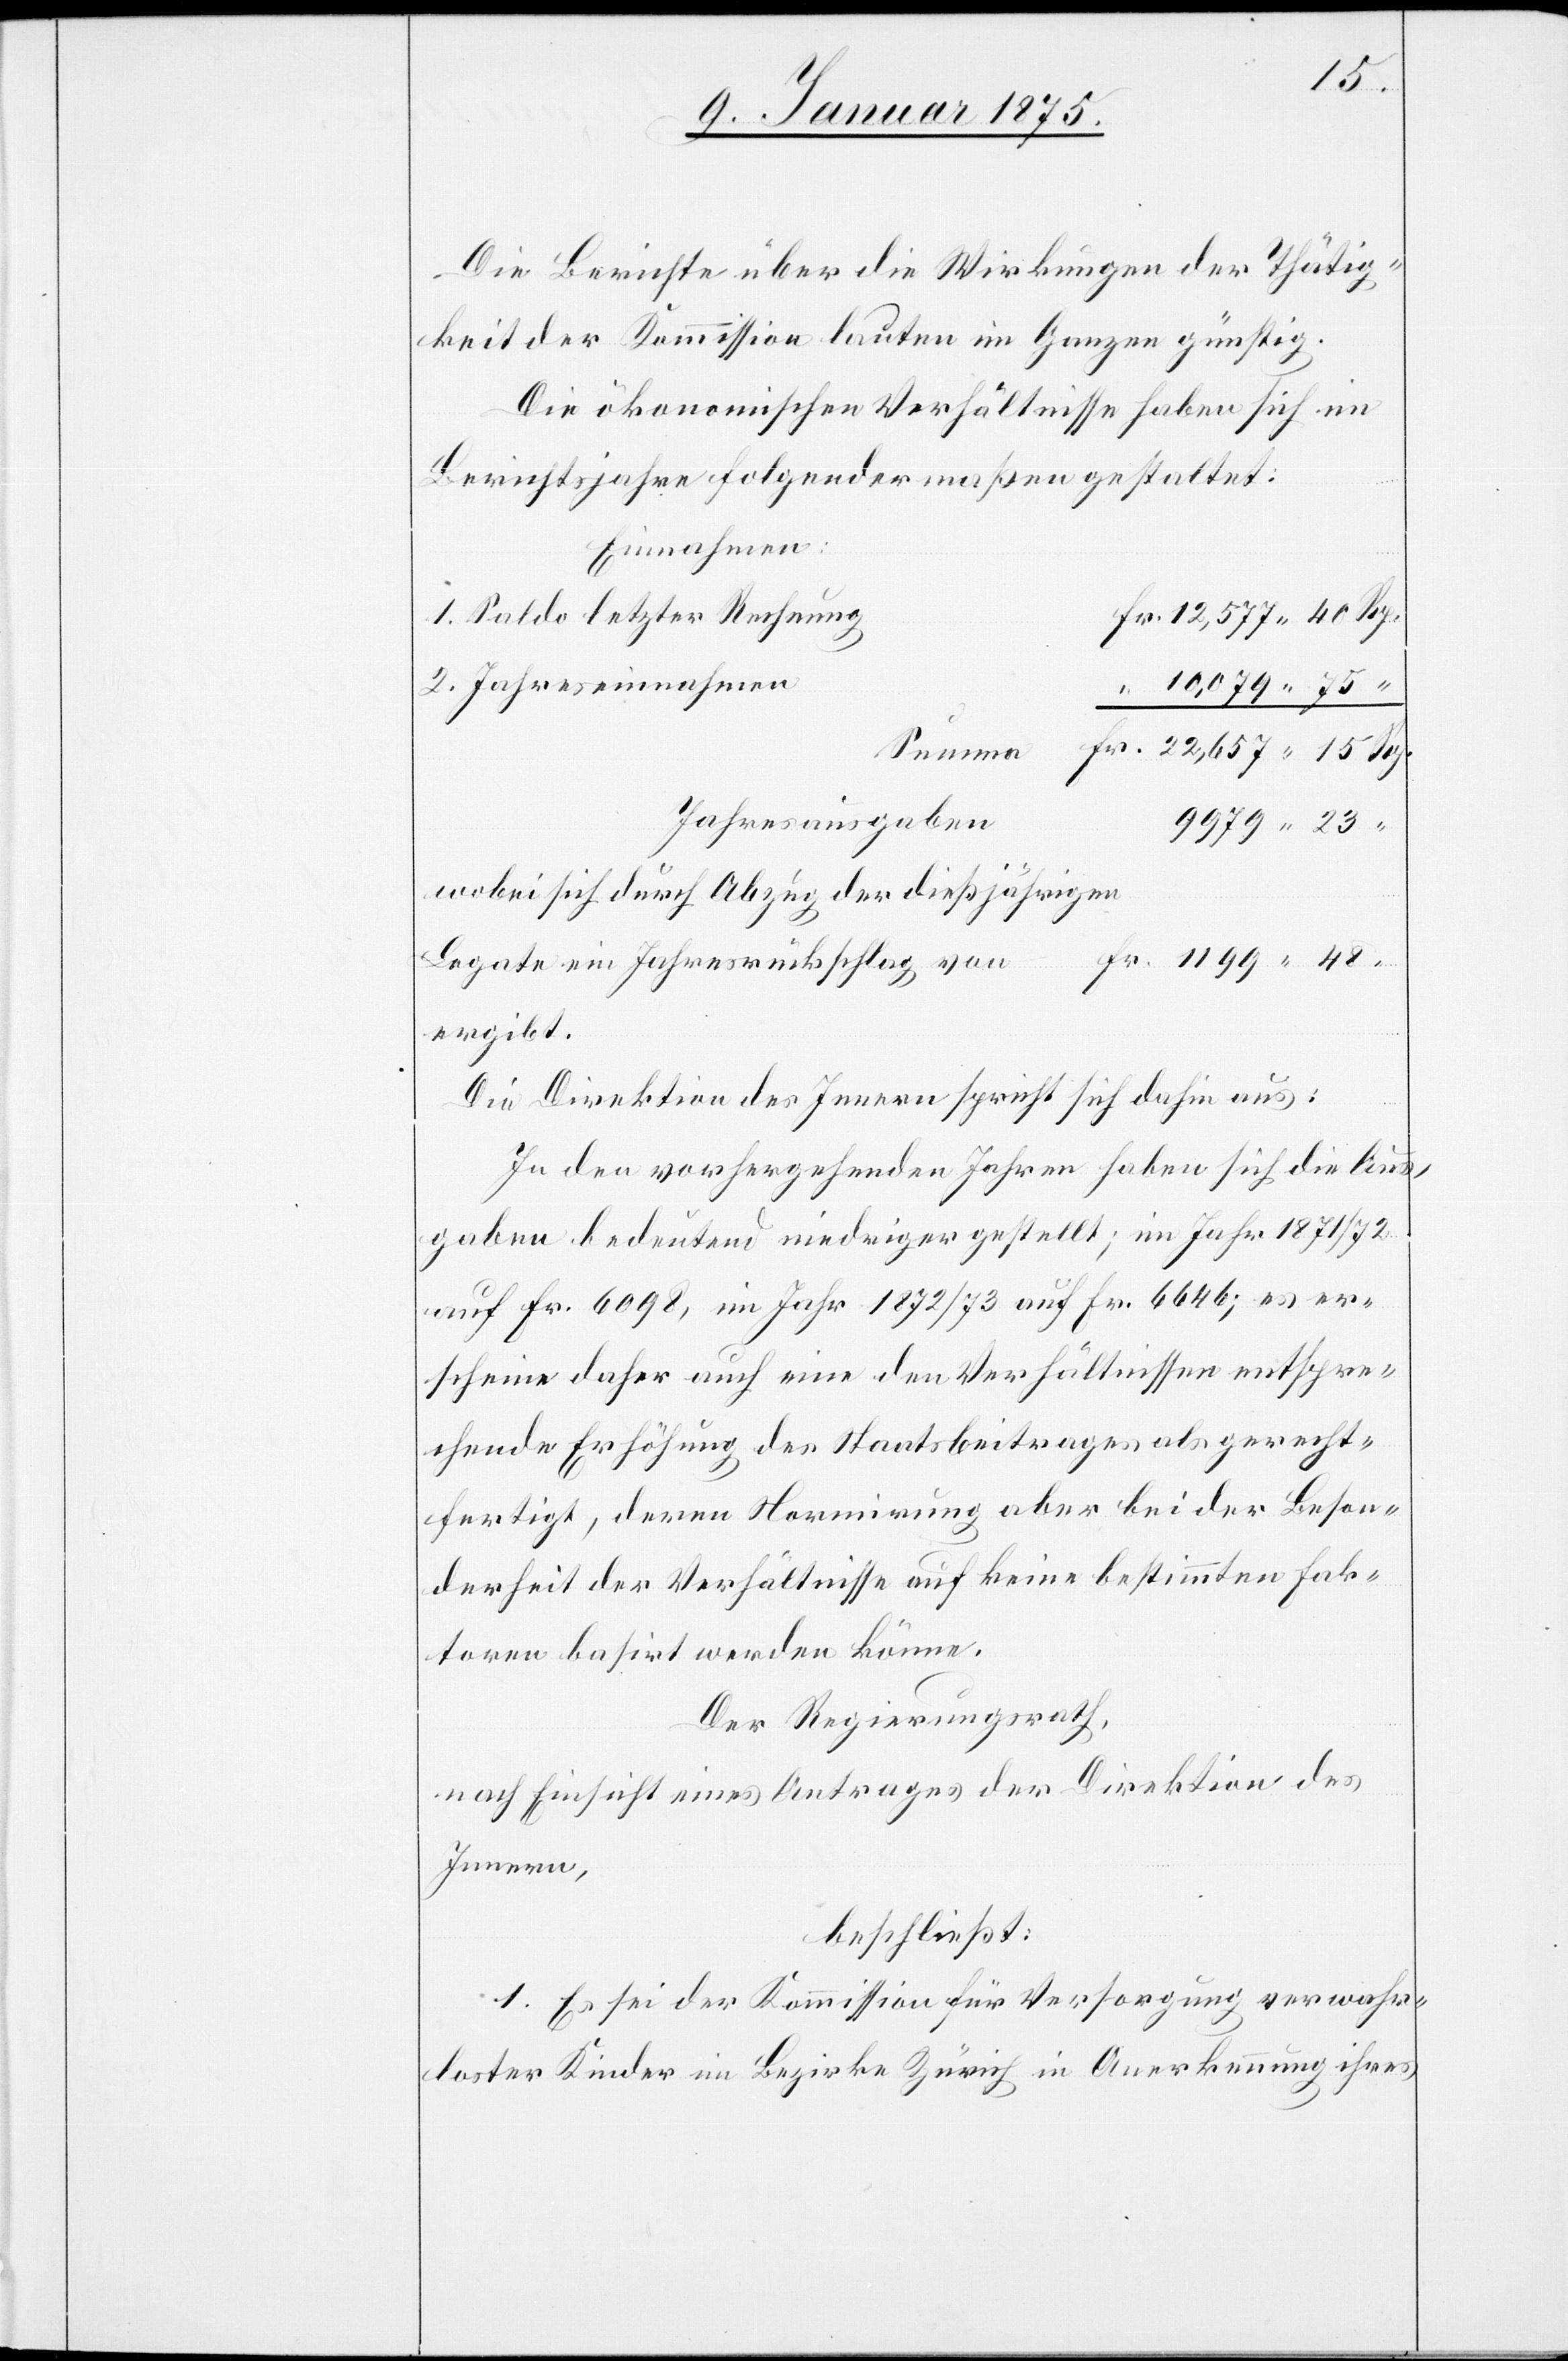
“
15
Die Berichte über die Wirkungen der Thätig¬
keit der Kommission lauten im Ganzen günstig.
Die ökonomischen Verhältnisse haben sich im
Berichtsjahre folgendermaßen gestaltet:
Einnahmen:
1. Saldo letzter Rechnung
2. Jahreseinnahmen
Jahresausgaben
9979.
wobei sich durch Abzug der dießjährigen
Legate ein Jahresrückschlag von
ergibt.
Die Direktion des Innern spricht sich dahin aus:
In den vorhergehenden Jahren haben sich die Aus¬
gaben bedeutend niedriger gestellt; im Jahr 1871/72
auf Fr. 6098, im Jahr 1872/73 auf Fr. 6646; es er¬
scheine daher auf eine den Verhältnissen entspre¬
chende Erhöhung des Staatsbeitrages als gerecht¬
fertigt, deren Normirung aber bei der Beson¬
derheit der Verhältnisse auf keine bestimmten Fak¬
toren basirt werden könne.
Der Regierungsrath,
nach Einsicht eines Antrages der Direktion des
Innern,
beschließt:
1. Es sei der Kommission für Versorgung verwahr¬
loster Kinder im Bezirke Zürich in Anerkennung ihres